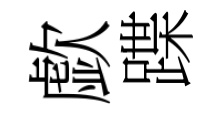
歔蹀